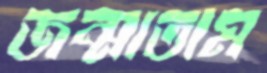
জন্মাতাম